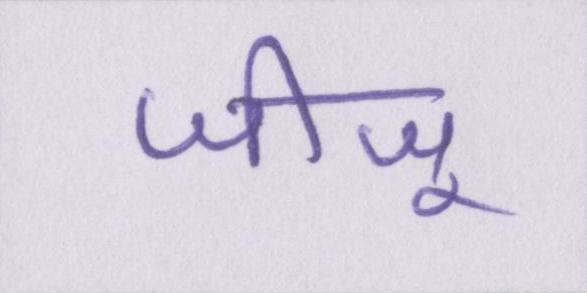
जीजू